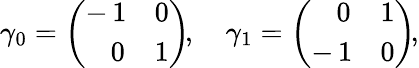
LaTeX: \gamma_{0}=\left(\begin{array}{cc}{-\, {1}}&{{0}}\\ {\, \, \, \, \, {0}}&{{1}}\end{array}\right)\! ,\quad\gamma_{1}=\left(\begin{array}{cc}{\, \, \, \, \, 0}&{1}\\ {-\, 1}&{0}\end{array}\right)\! ,